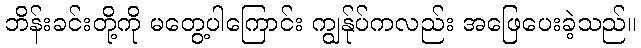
ဘိန်းခင်းတို့ကို မတွေ့ပါကြောင်း ကျွန်ုပ်ကလည်း အဖြေပေးခဲ့သည်။